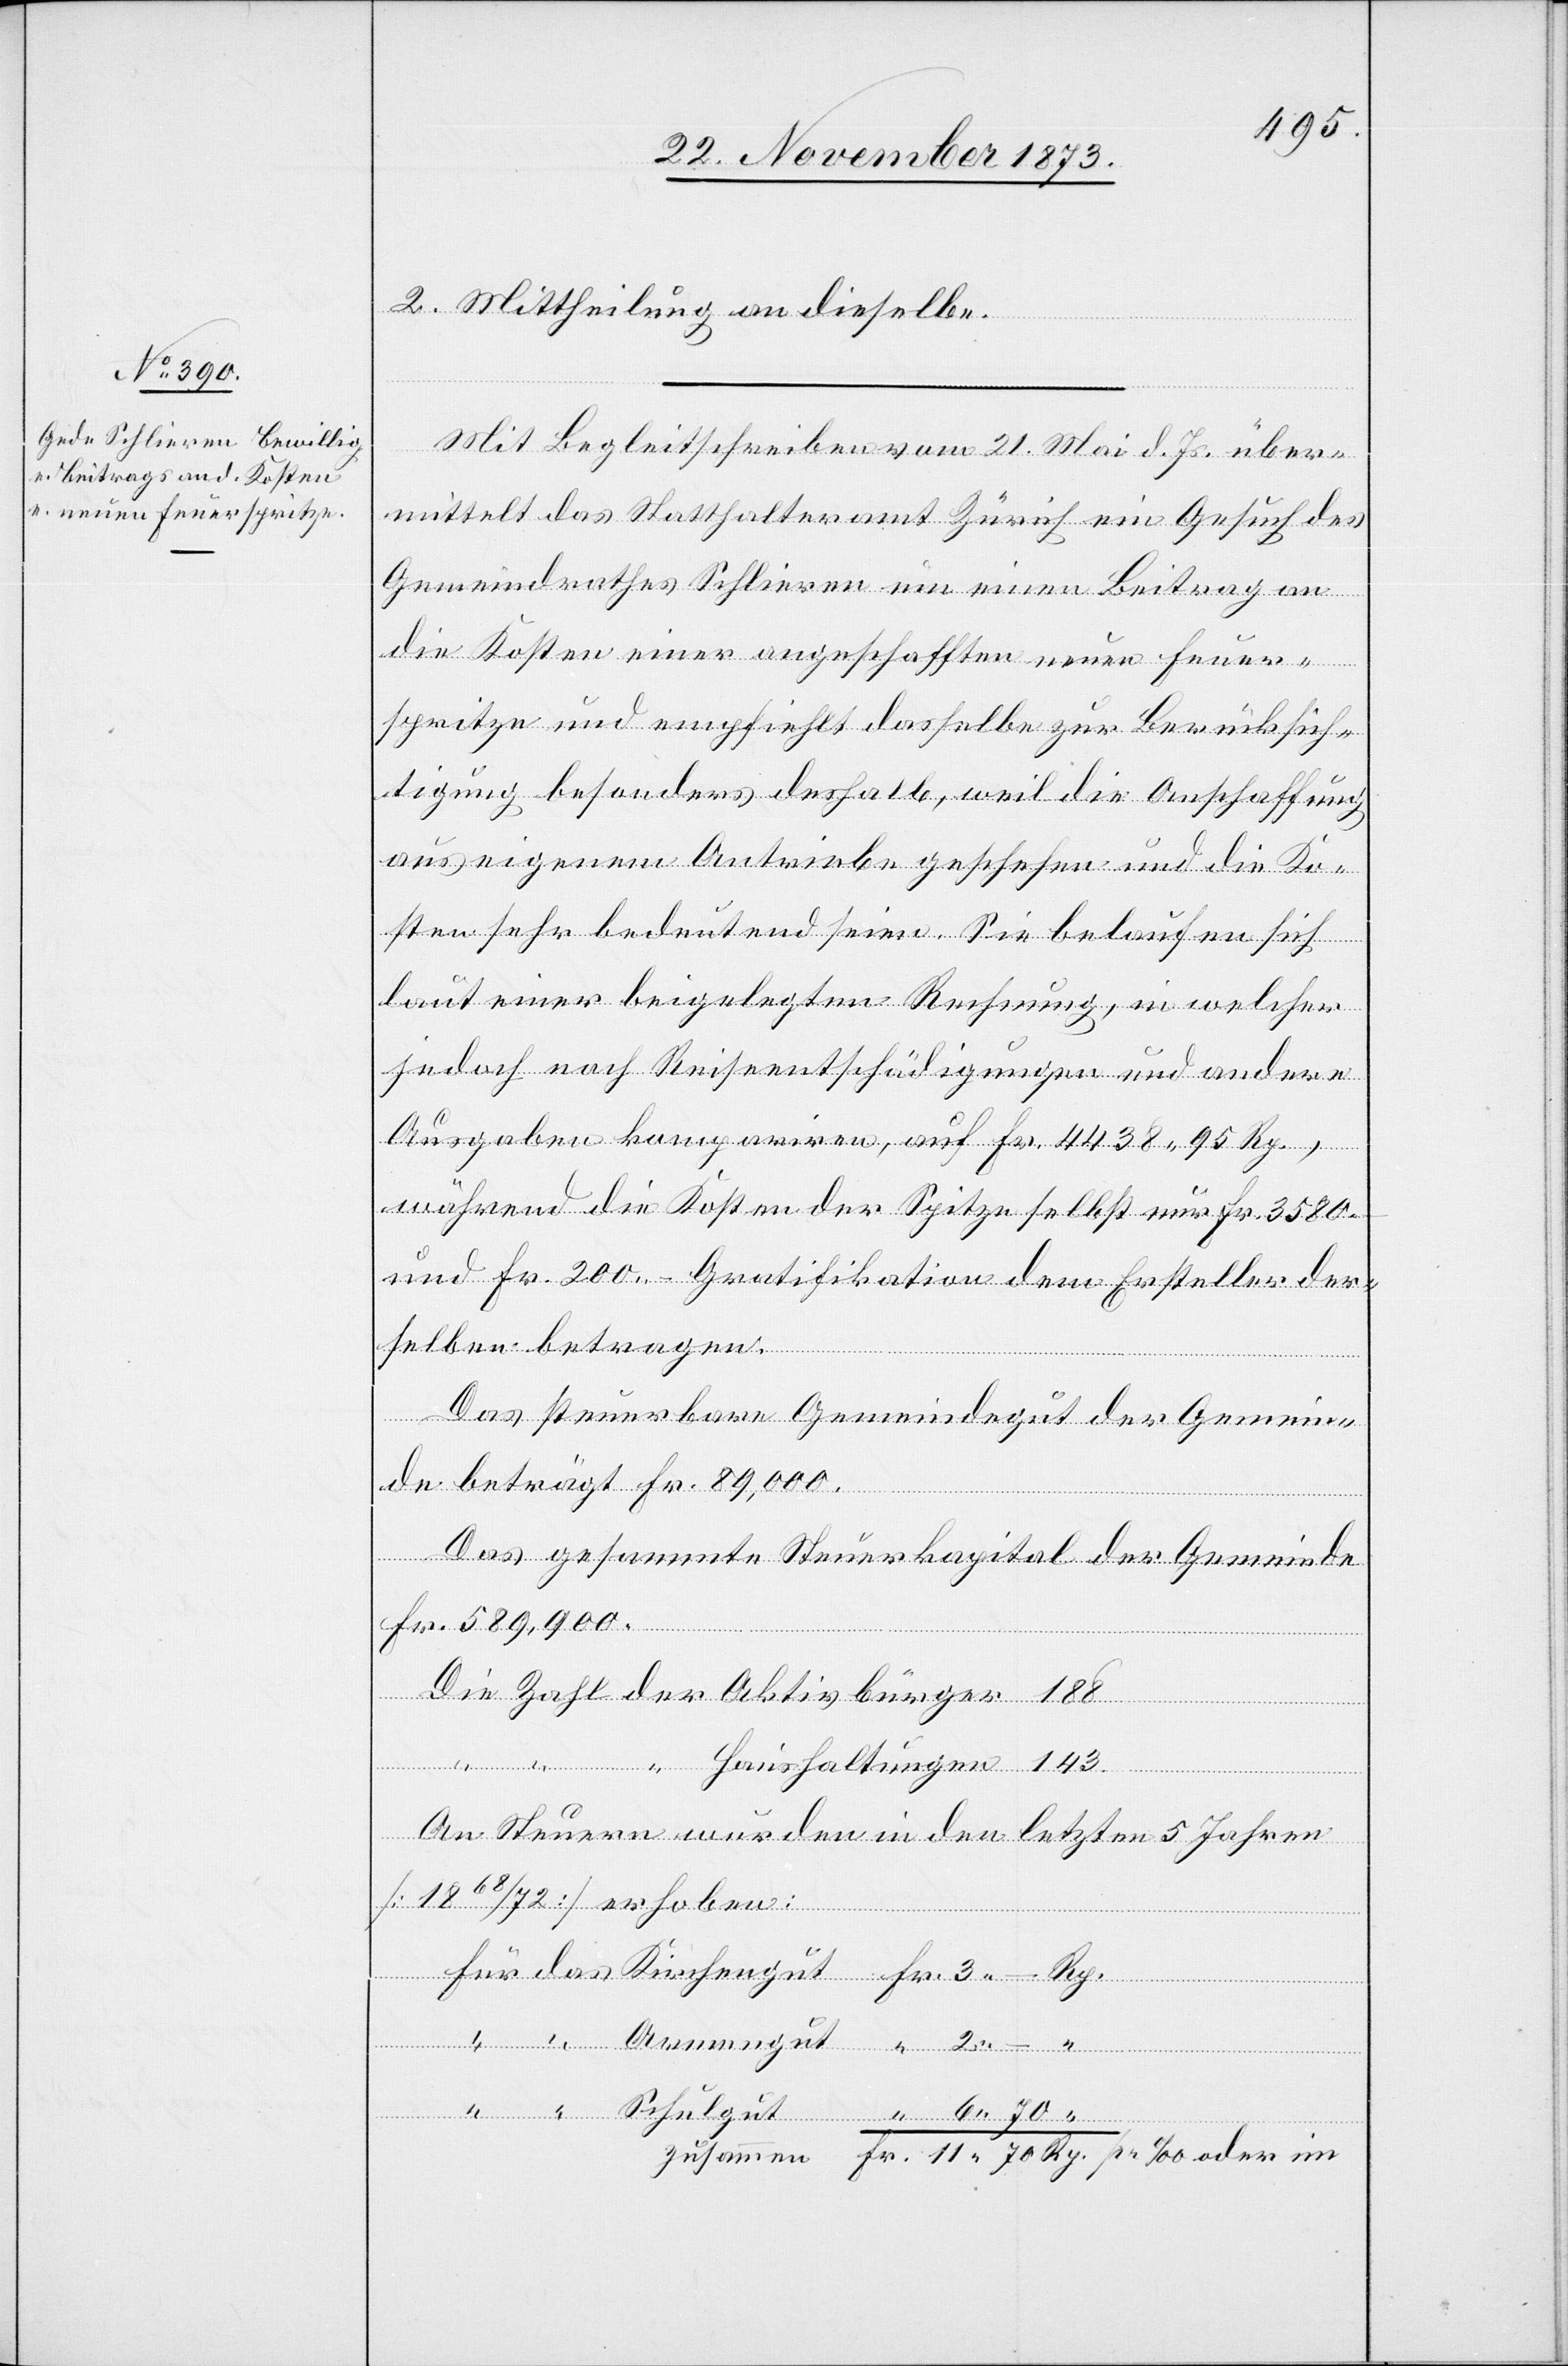
2. Mittheilung an dieselbe.
Rp.
Mit Begleitschreiben vom 21. Mai d. Js. über¬
mittelt das Statthalteramt Zürich ein Gesuch des
Gemeindrathes Schlieren um einen Beitrag an
die Kosten einer angeschafften neuen Feuer¬
spritze und empfiehlt dasselbe zur Berücksich¬
tigung besonders deshalb, weil die Anschaffung
aus eigenem Antriebe geschehen und die Ko¬
sten sehr bedeutend seien. Sie belaufen sich
laut einer beigelegten Rechnung, in welcher
jedoch noch Reiseentschädigungen und andere
Ausgaben kompariren, auf Fr. 4 438 95 Rp.,
während die Kosten der Spitze [sic!] selbst nur Fr. 3 580 –
und Fr. 200 – Gratifikation dem Ersteller der¬
selben betragen.
Das steuerbare Gemeindegut der Gemein¬
de beträgt Fr. 89,000.
Das gesammte Steuerkapital der Gemeinde
Fr. 589,900.
“
im
An Steuern wurden in den letzten 5 Jahren
[1868/72] erhoben: